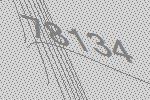
78134